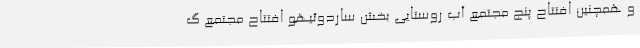
و همچنین افتتاح پنج مجتمع آب روستایی بخش ساردوئیهو افتتاح مجتمع گ